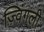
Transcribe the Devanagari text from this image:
ज़्विंगली